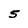
Character: 5